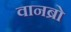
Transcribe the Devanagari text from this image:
वानब्रो